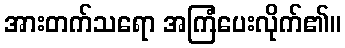
အားတက်သရော အကြံပေးလိုက်၏။